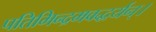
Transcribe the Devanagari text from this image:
पतिमिन्द्रमवद्धर्यन्।